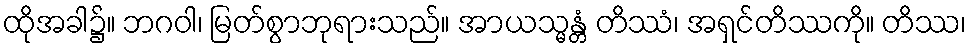
ထိုအခါ၌။ ဘဂဝါ၊ မြတ်စွာဘုရားသည်။ အာယသ္မန္တံ တိဿံ၊ အရှင်တိဿကို။ တိဿ၊